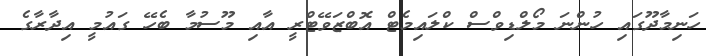
ހަނިމާދޫގައި ހުންނަ މޯލްޑިވްސް ކްލައިމެޓް އޮބްޒަވޭޓްރީ އާއި މޫސުމާ ބެހޭ ގައުމީ އިދާރާގެ